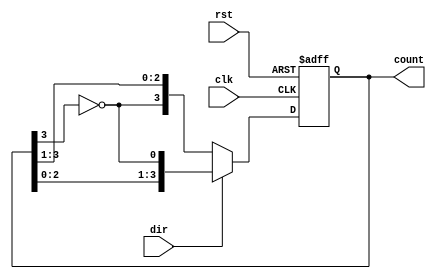
module Bidirectional_Johnson_Counter #(parameter N = 4) (
    input wire clk,            // Clock signal
    input wire rst,            // Reset signal
    input wire dir,            // Direction control (1 for up, 0 for down)
    output reg [N-1:0] count   // Counter output
);

// Internal signal to hold the next state
reg [N-1:0] next_count;

// Sequential logic for state transition
always @(posedge clk or posedge rst) begin
    if (rst) begin
        count <= 0; // Reset the counter to 0
    end else begin
        count <= next_count; // Update the count
    end
end

// Combinational logic to determine the next state
always @(*) begin
    if (dir) begin // Up counting
        next_count = {count[N-2:0], ~count[N-1]}; // Johnson Counter logic for up
    end else begin // Down counting
        next_count = {~count[N-1], count[N-1:1]}; // Johnson Counter logic for down
    end
end

endmodule